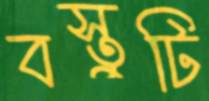
বস্তুটি